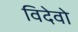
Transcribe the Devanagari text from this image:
विदेवो